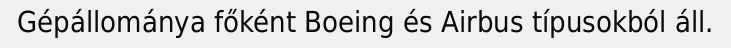
Gépállománya főként Boeing és Airbus típusokból áll.